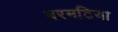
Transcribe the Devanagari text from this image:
बरमटिया